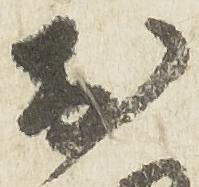
於